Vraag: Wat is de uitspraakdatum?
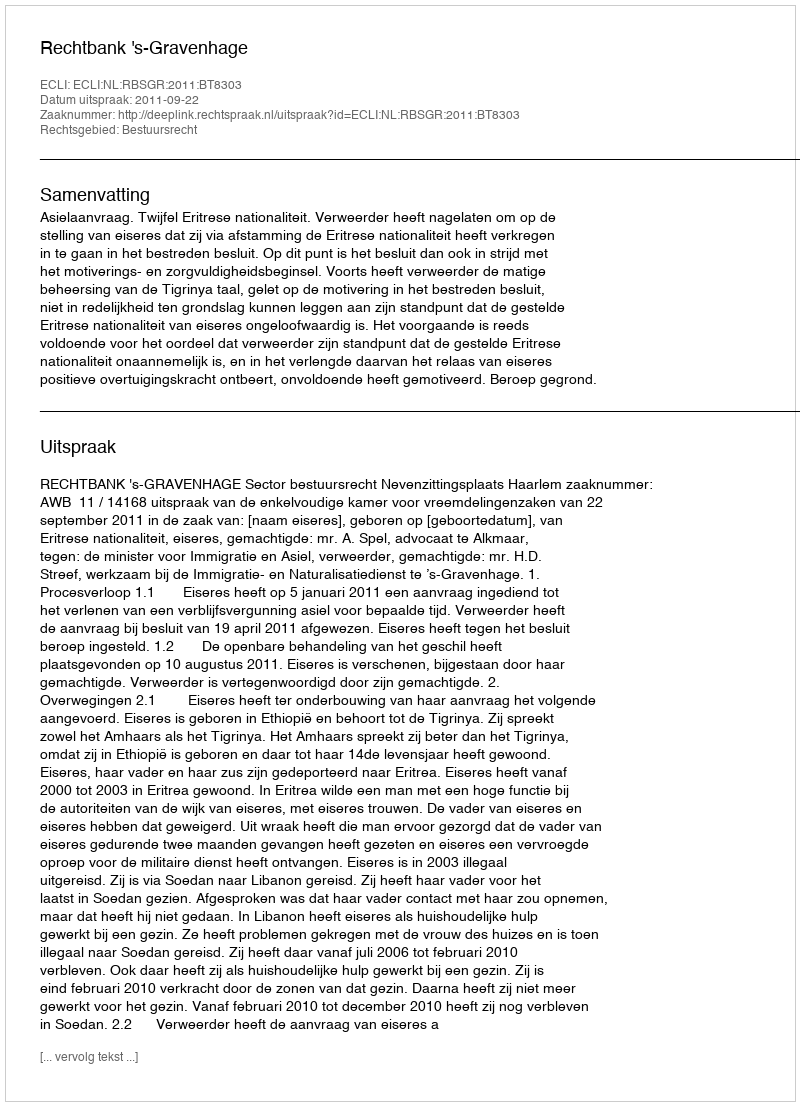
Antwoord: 2011-09-22